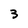
Character: 3